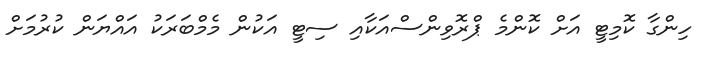
ހިންގާ ކޮމިޓީ އަށް ކޮންމެ ޕްރޮވިންސްއަކާއި ސިޓީ އަކުން މެމްބަރަކު އައްޔަން ކުރުމަށް